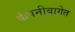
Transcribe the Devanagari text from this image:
कंपनीबागेत